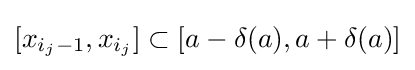
[x_{i_{j}-1},x_{i_{j}}]\subset [a-\delta (a),a+\delta (a)]